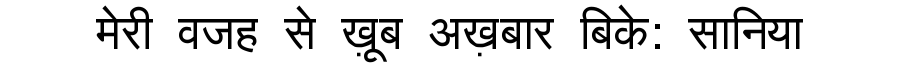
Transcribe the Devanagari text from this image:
मेरी वजह से ख़ूब अख़बार बिके: सानिया